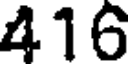
416